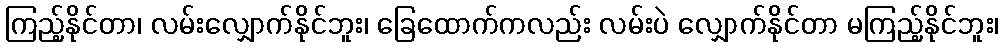
ကြည့်နိုင်တာ၊ လမ်းလျှောက်နိုင်ဘူး၊ ခြေထောက်ကလည်း လမ်းပဲ လျှောက်နိုင်တာ မကြည့်နိုင်ဘူး၊